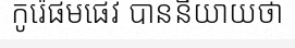
កូរ៉េផមផេវ បាននិយាយថា